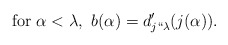
\begin{align*} \mbox{for } \alpha<\lambda,~ b(\alpha)=d'_{j``\lambda}(j(\alpha)).\end{align*}